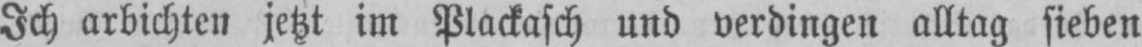
Ich arbichten jetzt im Plackasch und verdingen alltag sieben